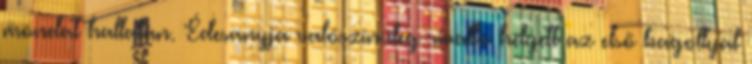
mondat hallatán. Édesanyja valószínűleg rivalló helyett az első bagollyal